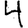
Digit: 4